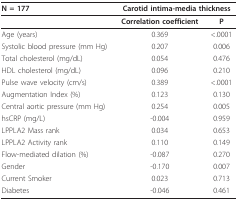
| N = 177 | <COLSPAN=2> Carotid intima-media thickness |
 | --- | --- | --- |
 |  | Correlation coefficient | P |
 | Age (years) | 0.369 | <.0001 |
 | Systolic blood pressure (mm Hg) | 0.207 | 0.006 |
 | Total cholesterol (mg/dL) | 0.054 | 0.476 |
 | HDL cholesterol (mg/dL) | 0.096 | 0.210 |
 | Pulse wave velocity (cm/s) | 0.389 | <.0001 |
 | Augmentation Index (%) | 0.123 | 0.130 |
 | Central aortic pressure (mm Hg) | 0.254 | 0.005 |
 | hsCRP (mg/L) | -0.004 | 0.959 |
 | LPPLA2 Mass rank | 0.034 | 0.653 |
 | LPPLA2 Activity rank | 0.110 | 0.149 |
 | Flow-mediated dilation (%) | -0.087 | 0.270 |
 | Gender | -0.170 | 0.007 |
 | Current Smoker | 0.023 | 0.713 |
 | Diabetes | -0.046 | 0.461 |